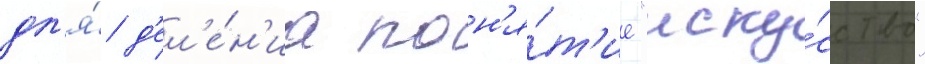
дл'я́ д'ел'е́н'иа пон'я́т'ие "иску́сство"